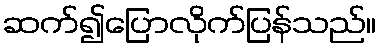
ဆက်၍ပြောလိုက်ပြန်သည်။